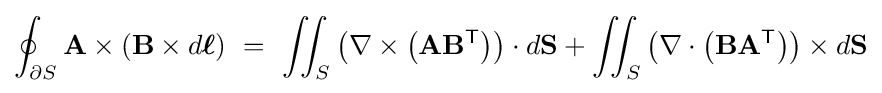
\oint _{\partial S}\mathbf {A} \times (\mathbf {B} \times d{\boldsymbol {\ell }})\ =\ \iint _{S}\left(\nabla \times \left(\mathbf {A} \mathbf {B} ^{\textsf {T}}\right)\right)\cdot d\mathbf {S} +\iint _{S}\left(\nabla \cdot \left(\mathbf {B} \mathbf {A} ^{\textsf {T}}\right)\right)\times d\mathbf {S}